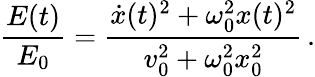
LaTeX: \frac{E(t)}{E_{0}}=\frac{\dot{x}(t)^{2}+\omega_{0}^{2}x(t)^{2}}{v_{0}^{2}+\omega_{0}^{2}x_{0}^{2}}\, .